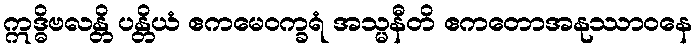
ဣဒ္ဓိဗလန္တိ ပန္တိယံ ဧကမေဝက္ခရံ အသ္မနီတိ ဧကတောအနုဿာဝနေ